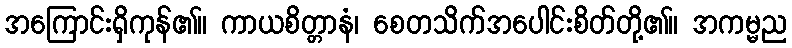
အကြောင်းရှိကုန်၏။ ကာယစိတ္တာနံ၊ စေတသိက်အပေါင်းစိတ်တို့၏။ အကမ္မည